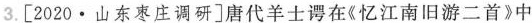
3.[2020·山东枣庄调研]唐代羊士谔在《忆江南旧游二首》中